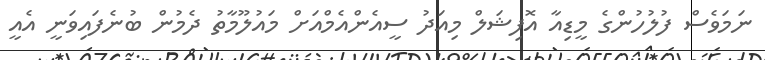
ނަމަވެސް ފުލުހުންގެ މީޑިއާ އޮފިޝަލް މިއަދު ސީއެންއެމްއަށް މައުލޫމާތު ދެމުން ބުނެފައިވަނީ އެއީ